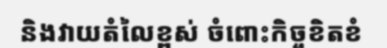
និងវាយតំលៃខ្ពស់ ចំពោះកិច្ចខិតខំ